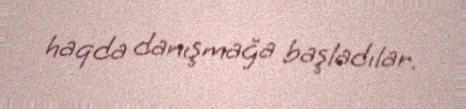
haqda danışmağa başladılar.